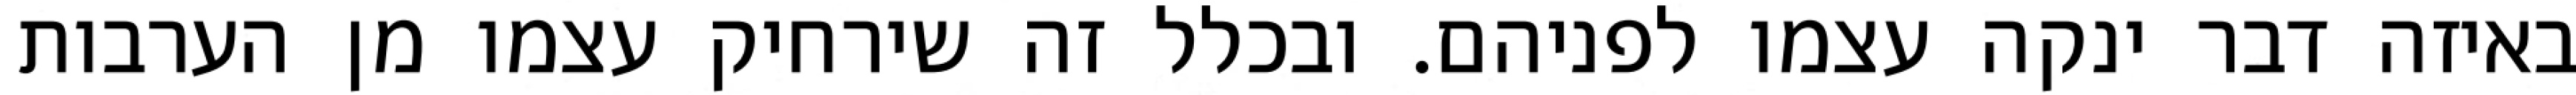
באיזה דבר ינקה עצמו לפניהם. ובכלל זה שירחיק עצמו מן הערבות